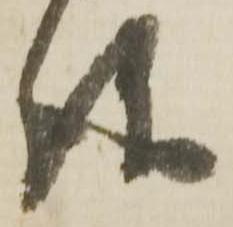
請